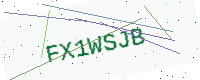
Text: FX1WSJB